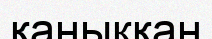
қаныкқан